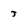
Character: j